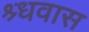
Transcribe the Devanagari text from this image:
श्र्धवास